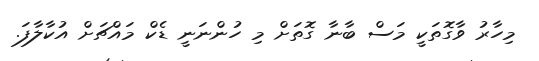
މިހާރު ވާގޮތަކީ މަސް ބާނާ ގޮތަށް މި ހުންނަނީ ޑެކް މައްޗަށް އުކާލާފަ.